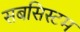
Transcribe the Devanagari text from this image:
सबसिस्टम